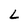
Character: L